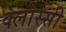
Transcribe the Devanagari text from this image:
क्लोस्सी